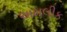
અમલીક